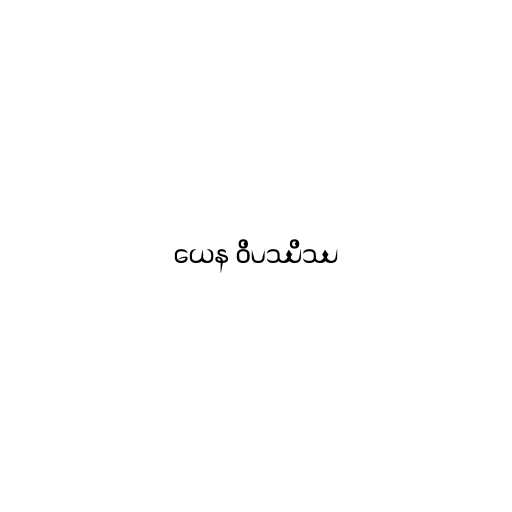
ယေန ဝိပဿိဿ